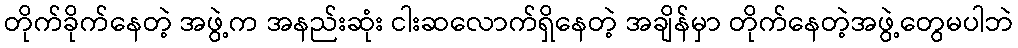
တိုက်ခိုက်နေတဲ့ အဖွဲ့က အနည်းဆုံး ငါးဆလောက်ရှိနေတဲ့ အချိန်မှာ တိုက်နေတဲ့အဖွဲ့တွေမပါဘဲ